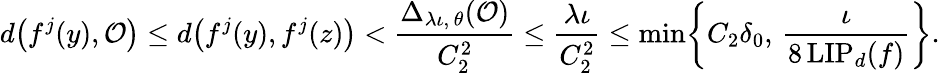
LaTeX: d\bigl(f^{j}(y),\mathcal{O}\bigr)\leq d\bigl(f^{j}(y),f^{j}(z)\bigr)<\frac{\Delta_{\lambda\iota,\, \theta}(\mathcal{O})}{C_{2}^{2}}\leq\frac{\lambda\iota}{C_{2}^{2}}\leq\operatorname*{min}\biggl\{ C_{2}\delta_{0},\, \frac{\iota}{8\operatorname{LIP}_{d}(f)}\biggr\} .